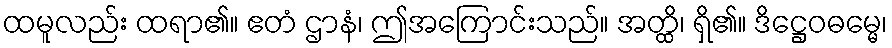
ထမူလည်း ထရာ၏။ ဧတံ ဌာနံ၊ ဤအကြောင်းသည်။ အတ္ထိ၊ ရှိ၏။ ဒိဋ္ဌေဝဓမ္မေ၊